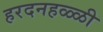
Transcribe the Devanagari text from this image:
हरदनहळ्ळी